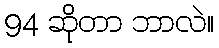
94 ဆိုတာ ဘာလဲ။